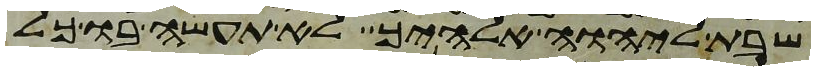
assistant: שבת ליהוה אלהיך לא תעשה בו כל